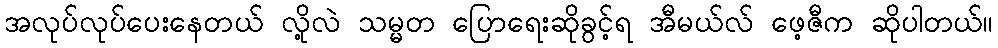
အလုပ်လုပ်ပေးနေတယ် လို့လဲ သမ္မတ ပြောရေးဆိုခွင့်ရ အီမယ်လ် ဖေ့ဇီက ဆိုပါတယ်။